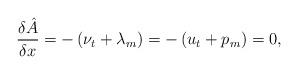
LaTeX: \begin{align*}\frac{\delta\hat{A}}{\delta x}=-\left(\nu_t+\lambda_m\right)=-\left(u_t+p_m\right)=0, \end{align*}